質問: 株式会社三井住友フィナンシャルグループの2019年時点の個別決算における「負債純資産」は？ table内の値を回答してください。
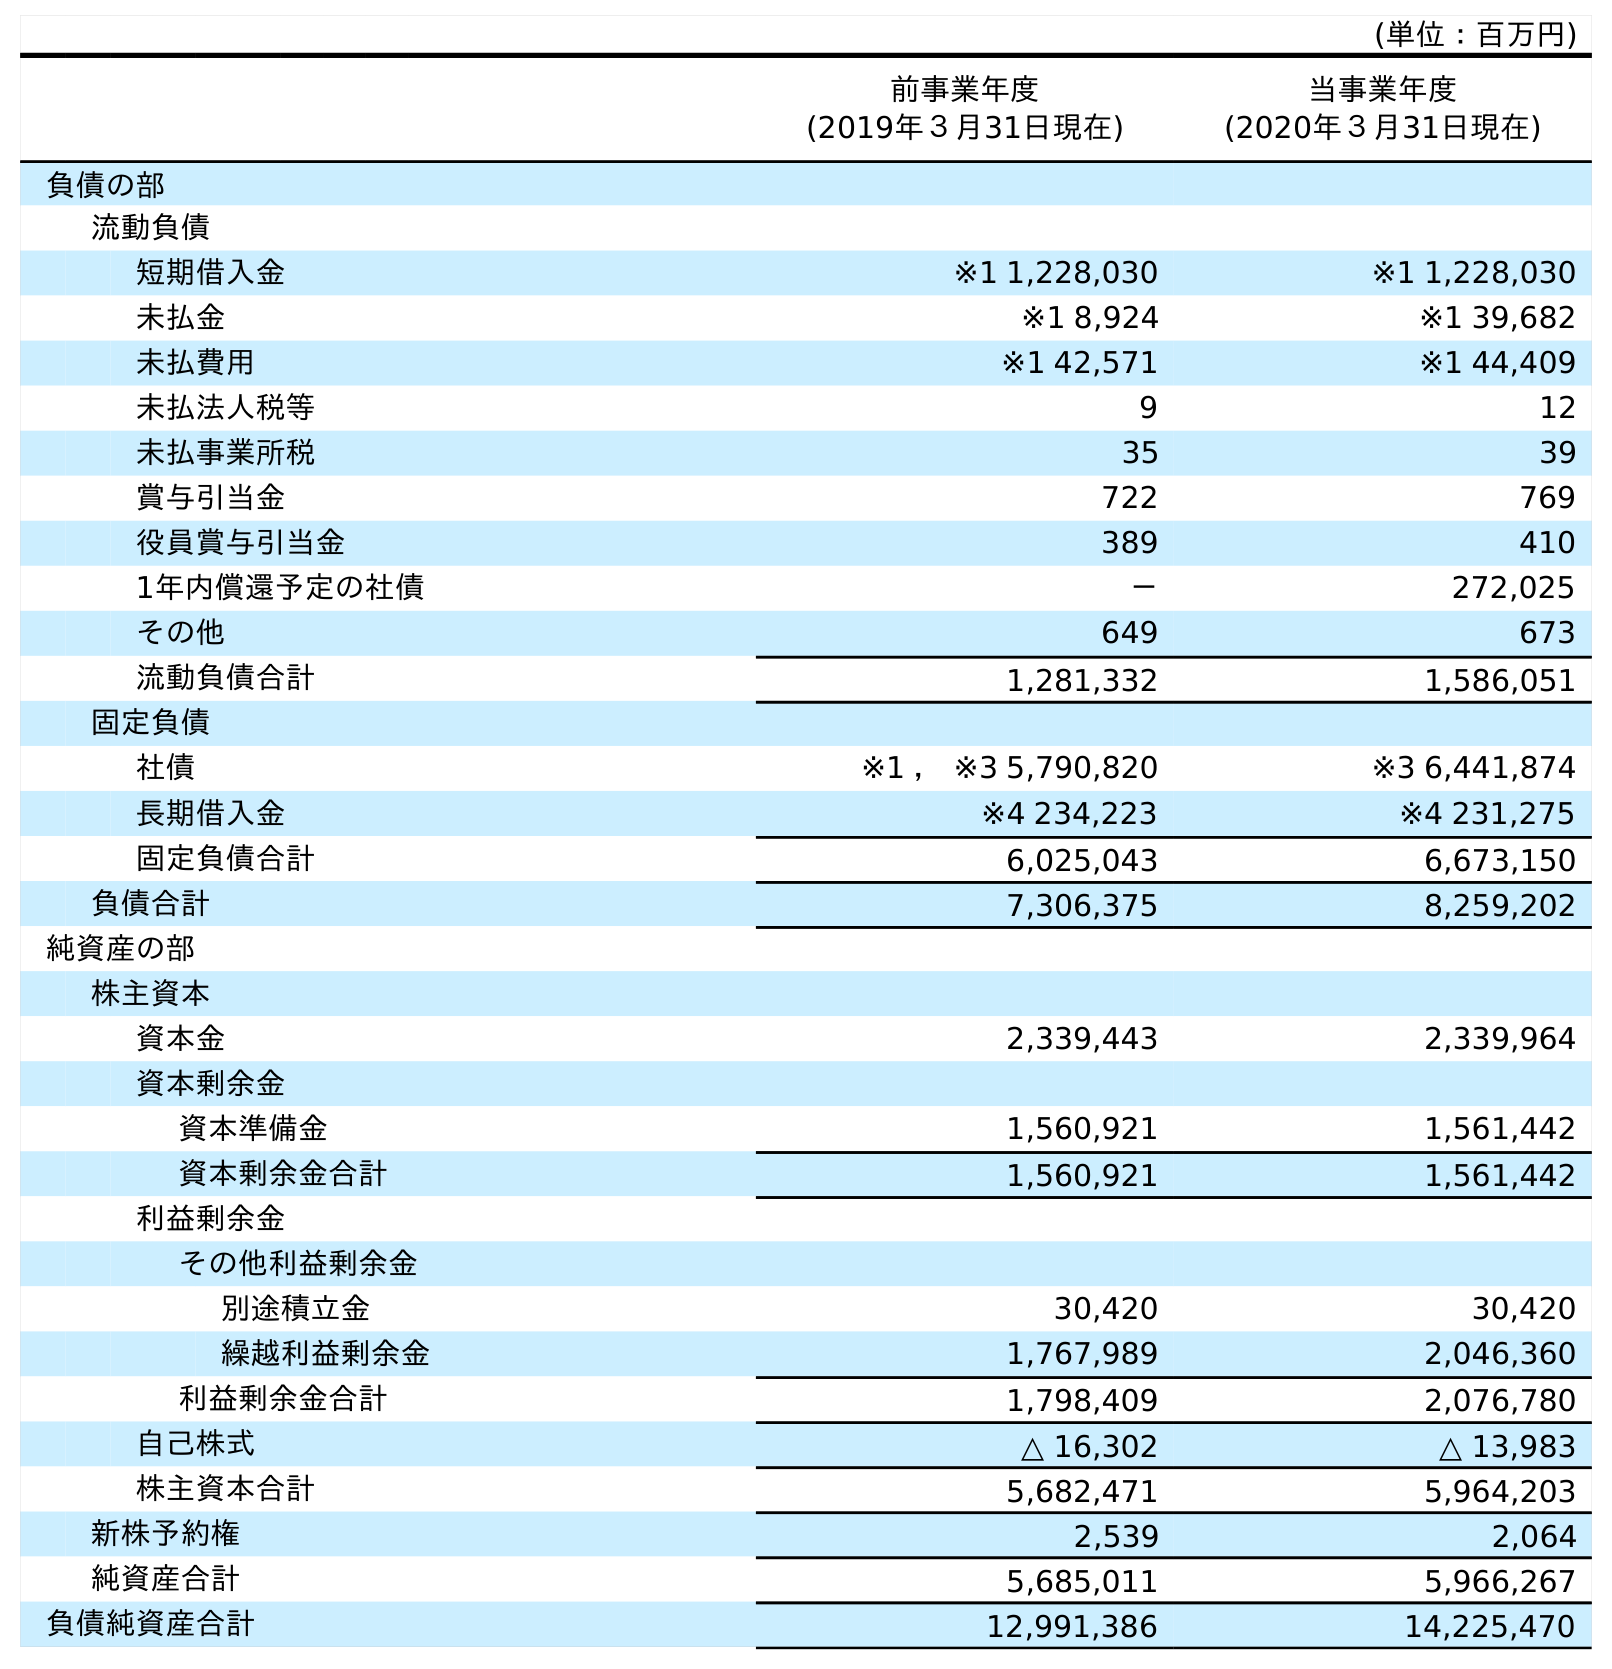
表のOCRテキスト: (単位：百万円) 前事業年度 (2019年３月31日現在) 当事業年度 (2020年３月31日現在) 負債の部 流動負債 短期借入金 ※1 1,228,030 ※1 1,228,030 未払金 ※1 8,924 ※1 39,682 未払費用 ※1 42,571 ※1 44,409 未払法人税等 9 12 未払事業所税 35 39 賞与引当金 722 769 役員賞与引当金 389 410 1年内償還予定の社債 － 272,025 その他 649 673 流動負債合計 1,281,332 1,586,051 固定負債 社債 ※1 ， ※3 5,790,820 ※3 6,441,874 長期借入金 ※4 234,223 ※4 231,275 固定負債合計 6,025,043 6,673,150 負債合計 7,306,375 8,259,202 純資産の部 株主資本 資本金 2,339,443 2,339,964 資本剰余金 資本準備金 1,560,921 1,561,442 資本剰余金合計 1,560,921 1,561,442 利益剰余金 その他利益剰余金 別途積立金 30,420 30,420 繰越利益剰余金 1,767,989 2,046,360 利益剰余金合計 1,798,409 2,076,780 自己株式 △ 16,302 △ 13,983 株主資本合計 5,682,471 5,964,203 新株予約権 2,539 2,064 純資産合計 5,685,011 5,966,267 負債純資産合計 12,991,386 14,225,470
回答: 12,991,386